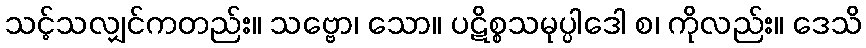
သင့်သလျှင်ကတည်း။ သဗ္ဗော၊ သော။ ပဋိစ္စသမုပ္ပါဒေါ စ၊ ကိုလည်း။ ဒေသိ